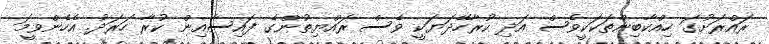
ރައްރަށުގަ ހިއްކާބިންތަކަކީވެސް އަދި ކުރާހޭދަޔަކީ ވެސް ރައްޔިތުންގެ ފައިސާއިން ކުރާ ހަރަދު. އެހެންވީމަ